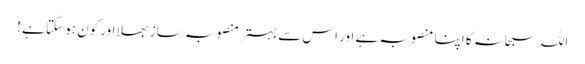
اللہ سبحانہ کا اپنا منصوبہ ہے اور اس سے بہتر منصوبہ ساز بھلا اور کون ہو سکتا ہے !